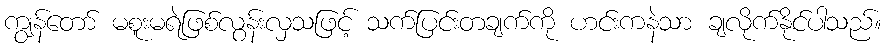
ကျွန်တော် မစူးမရဲဖြစ်လွန်းလှသဖြင့် သက်ပြင်းတချက်ကို ဟင်းကနဲသာ ချလိုက်နိုင်ပါသည်။